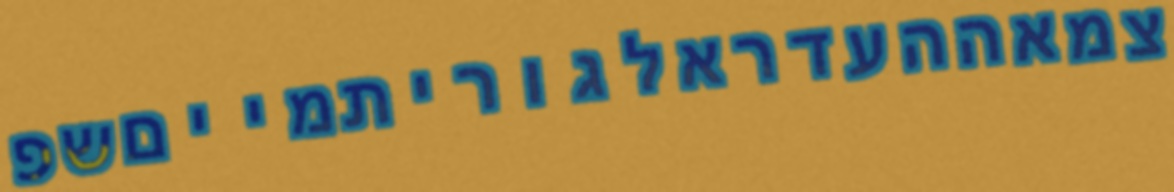
צמאההעדראלגוריתמייםשפ